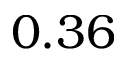
0 . 3 6